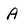
Character: A